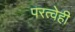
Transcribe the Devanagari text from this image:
परत्वेही